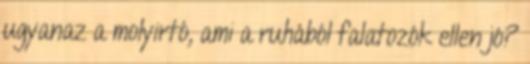
ugyanaz a molyirtó, ami a ruhából falatozók ellen jó?